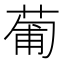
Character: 葡